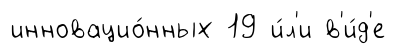
инновацио́нных 19 и́л'и в'и́д'е